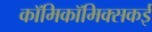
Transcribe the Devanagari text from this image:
काॅमिकॉमिक्सकई